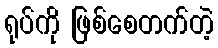
ရုပ်ကို ဖြစ်စေတက်တဲ့